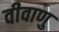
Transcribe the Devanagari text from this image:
वीवाणु